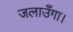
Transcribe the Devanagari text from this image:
जलाउँगा।